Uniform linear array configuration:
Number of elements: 32
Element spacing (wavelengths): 0.75
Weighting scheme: uniform
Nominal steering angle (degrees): -45
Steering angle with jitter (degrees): -43.999
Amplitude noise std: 0.05
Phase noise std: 0.05

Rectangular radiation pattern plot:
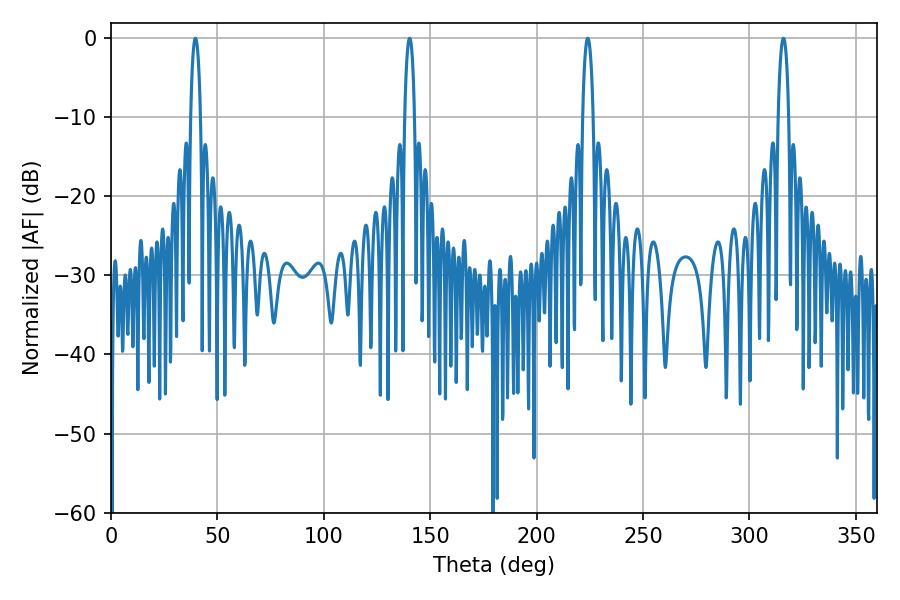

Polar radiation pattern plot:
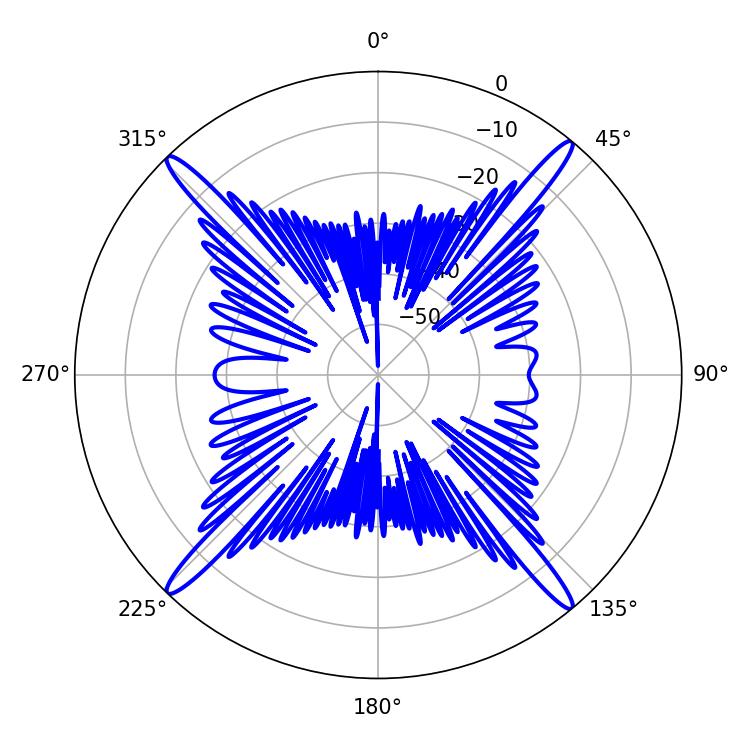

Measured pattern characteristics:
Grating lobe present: TRUE
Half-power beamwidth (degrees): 2.7
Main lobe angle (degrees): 39.6